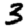
Digit: 3